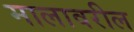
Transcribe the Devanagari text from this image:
मालावरील